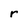
Character: r